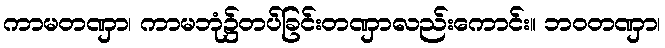
ကာမတဏှာ၊ ကာမဘုံ၌တပ်ခြင်းတဏှာလည်းကောင်း။ ဘဝတဏှာ၊